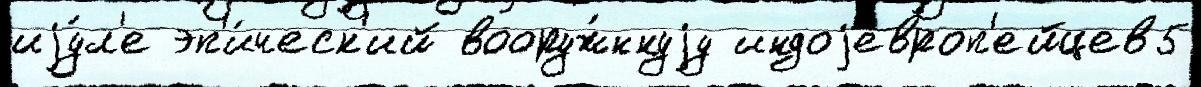
иjу́л'е эп'и́ческ'ий вооруж́ннуjу индоjевроп'ейцев5